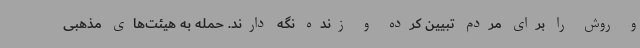
و روش را برای مردم تبیین کرده و زنده نگه دارند. حمله به هیئت‌های مذهبی